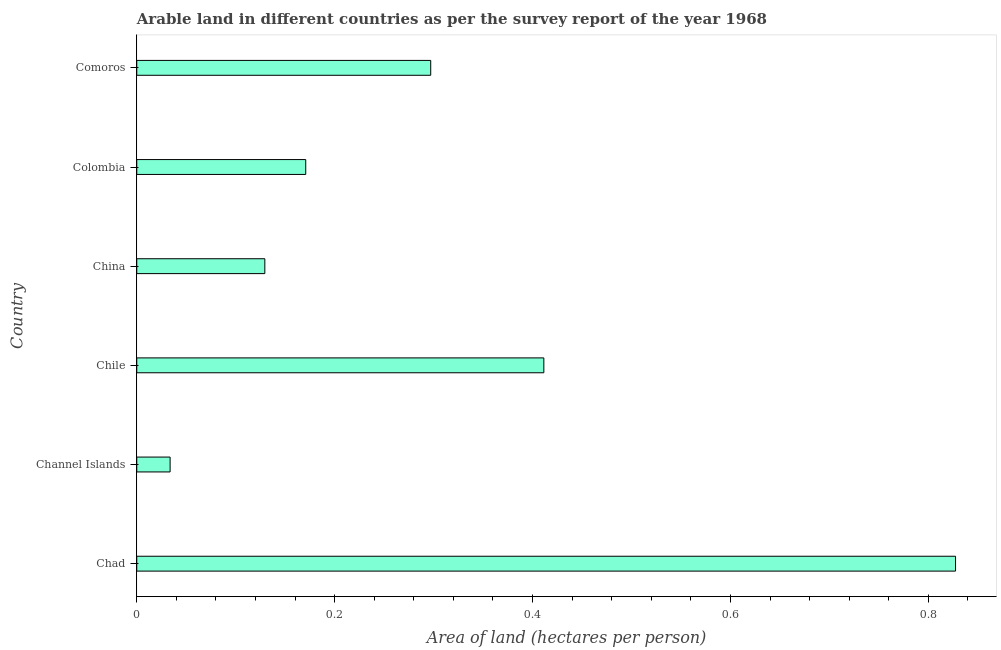
| Country | Arable land |
 | --- | --- |
 | Chad | 0.828 |
 | Channel Islands | 0.0337 |
 | Chile | 0.411 |
 | China | 0.129 |
 | Colombia | 0.171 |
 | Comoros | 0.297 |